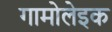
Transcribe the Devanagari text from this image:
गामोलेइक